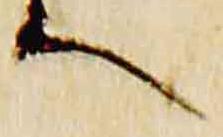
へ